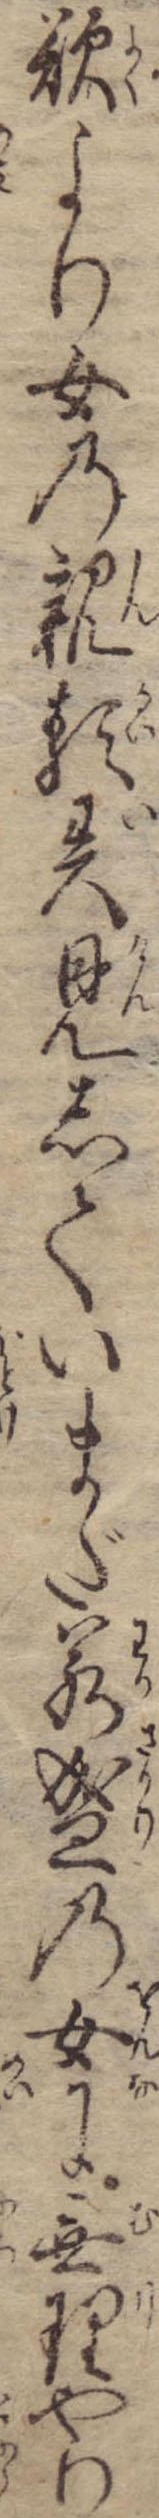
欲より女の親類異見していまだ若盛の女に無理やり